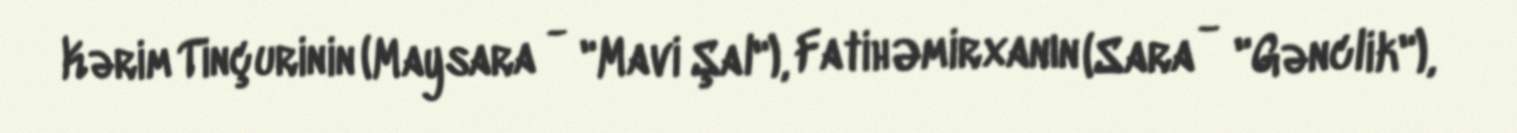
Kərim Tinçurinin (Maysara - "Mavi Şal"), Fatih Əmirxanın (Sara - "Gənclik"),